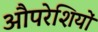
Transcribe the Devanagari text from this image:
औपरेशियों